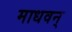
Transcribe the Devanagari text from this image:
माधवन्